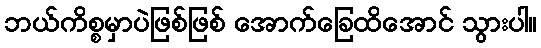
ဘယ်ကိစ္စမှာပဲဖြစ်ဖြစ် အောက်ခြေထိအောင် သွားပါ။